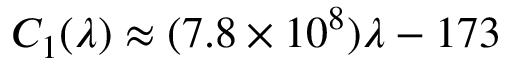
C _ { 1 } ( \lambda ) \approx ( 7 . 8 \times 1 0 ^ { 8 } ) \lambda - 1 7 3